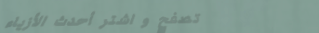
تصفح و اشترِ أحدث الأزياء